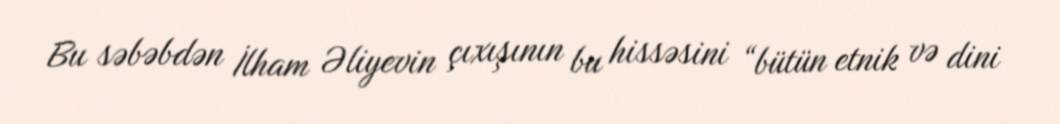
Bu səbəbdən İlham Əliyevin çıxışının bu hissəsini “bütün etnik və dini